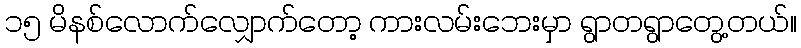
၁၅ မိနစ်လောက်လျှောက်တော့ ကားလမ်းဘေးမှာ ရွာတရွာတွေ့တယ်။